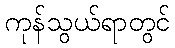
ကုန်သွယ်ရာတွင်